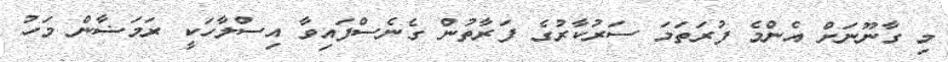
މި ގާނޫނަށް އެންމެ ފުރަތަމަ ސަރުކާރުގެ ފަރާތުން ގެނެސްފައިވާ އިސްލާހަކީ ރަމަޟާން މަހު